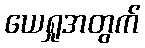
ယေရှုအတွက်